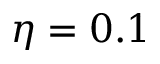
\eta = 0 . 1